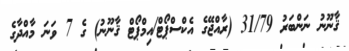
ޤާނޫނު ނަންބަރު 31/79 (ރާއްޖޭގެ އެކްސްޕޯޓް/އިމްޕޯޓް ޤާނޫނު) ގެ 7 ވަނަ މާއްދާގެ